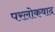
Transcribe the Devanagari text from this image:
परलोकवाद